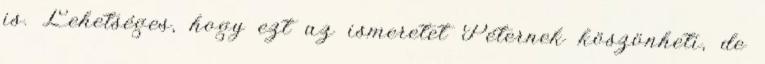
is. Lehetséges, hogy ezt az ismeretet Péternek köszönheti, de